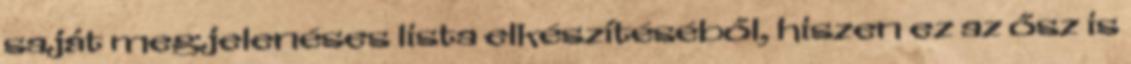
saját megjelenéses lista elkészítéséből, hiszen ez az ősz is